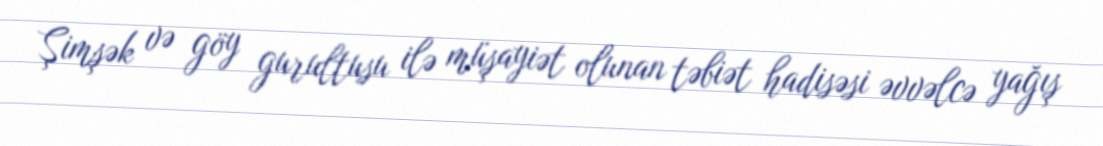
Şimşək və göy gurultusu ilə müşayiət olunan təbiət hadisəsi əvvəlcə yağış